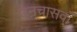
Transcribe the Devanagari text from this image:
उनचासवाँ